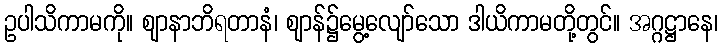
ဥပါသိကာမကို။ ဈာနာဘိရတာနံ၊ ဈာန်၌မွေ့လျော်သော ဒါယိကာမတို့တွင်။ အဂ္ဂဋ္ဌာနေ၊